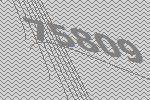
75809